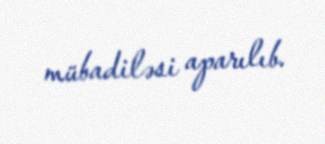
mübadiləsi aparılıb.